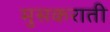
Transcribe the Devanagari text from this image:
मुसकराती